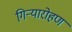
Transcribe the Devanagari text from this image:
गिऱ्यारोहण